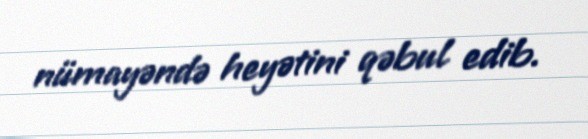
nümayəndə heyətini qəbul edib.